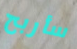
سأربح